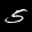
Label: 5